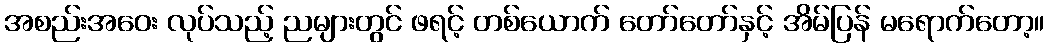
အစည်းအဝေး လုပ်သည့် ညများတွင် ဖရင့် တစ်ယောက် တော်တော်နှင့် အိမ်ပြန် မရောက်တော့။